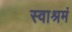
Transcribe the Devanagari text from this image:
स्वाश्रमं